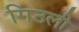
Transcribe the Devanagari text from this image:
गिउली